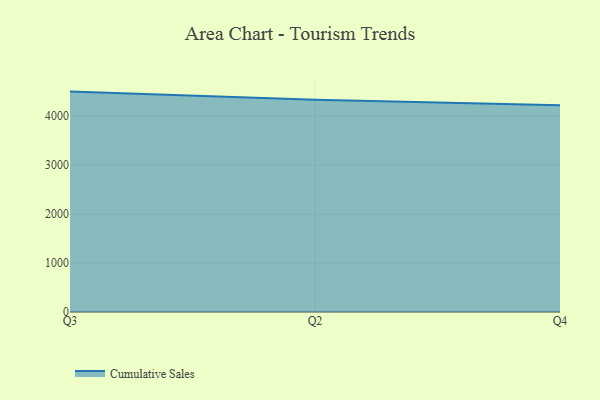
{"axis": {"x": "Quarter", "y": "Humidity (%)"}, "legend": ["Cumulative Sales"], "data": [{"x": "Q3", "y": 4503.9, "type": "Cumulative Sales"}, {"x": "Q2", "y": 4337.1, "type": "Cumulative Sales"}, {"x": "Q4", "y": 4224.6, "type": "Cumulative Sales"}]}